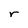
Character: r